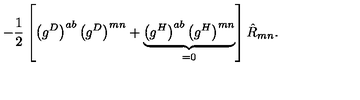
- \frac { 1 } { 2 } \left[ \left( g ^ { D } \right) ^ { a b } \left( g ^ { D } \right) ^ { m n } + \underbrace { \left( g ^ { H } \right) ^ { a b } \left( g ^ { H } \right) ^ { m n } } _ { = 0 } \right] \hat { R } _ { m n } .